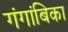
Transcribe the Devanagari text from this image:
गंगांबिका